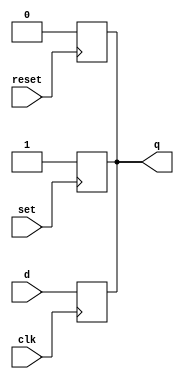
module dff (clk, set, reset, d, q); 

 	input clk, set, reset, d; 
 	output q; 
 	reg q; 

 	//for asynchronous set, reset functions
 	always @(posedge reset) 
 		q = 1'b0; 
 	always @(posedge set) 
 		q = 1'b1; 

 	//q = d after 1 ns delay of time
	always @(posedge clk) 
 		q = #1 d; 

 endmodule